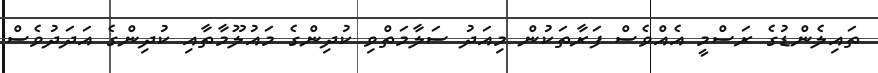
ތައިލެންޑުގެ ރަސްމީ އެއްވެސް ފަރާތަކުން މިއަދު ސަލާމަތްވި ކުދިންގެ މައުލޫމާތާއި ކުދިންގެ އަދަދުވެސް